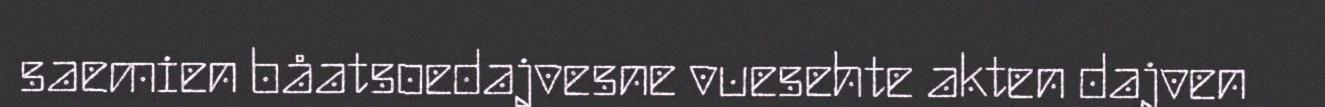
saemien båatsoedajvesne vuesehte akten dajven